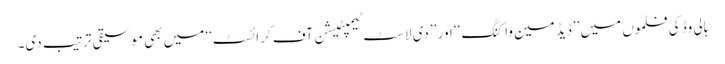
ہالی وڈ کی فلموں میں ’’ڈیڈ مین واکنگ‘‘ اور ’’دی لاسٹ ٹیمپٹیشن آف کرائسٹ‘‘ میں بھی موسیقی ترتیب دی۔